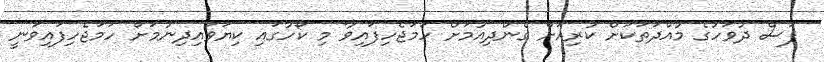
ފަސް ދުވަހުގެެ މުއްދަތަކަށް ކުރިއަށް ގެންދިއުމަށް ހަމަޖެހިފައިވާ މި ކޯހުގައި ކިޔަވައިދިނުމަށް ހަމަޖެހިފައިވަނީ